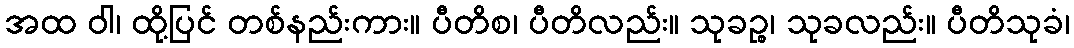
အထ ဝါ၊ ထို့ပြင် တစ်နည်းကား။ ပီတိစ၊ ပီတိလည်း။ သုခဉ္စ၊ သုခလည်း။ ပီတိသုခံ၊